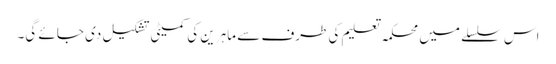
اس سلسلے میں محکمہ تعلیم کی طرف سے ماہرین کی کمیٹی تشکیل دی جائے گی۔